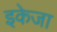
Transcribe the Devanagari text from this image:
इकेजा